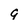
Character: 9